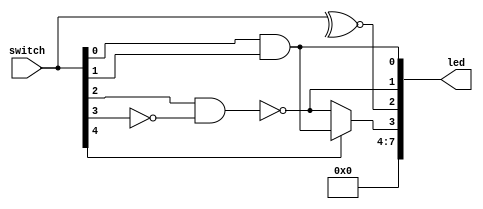
`timescale 1ns / 1ps  //sets the timescale (for simulation)
`default_nettype none //overrides default behaviour: errors when a net type is not declired

module main(switch, led);
	// declare inputs and outputs
	input wire [7:0] switch;
	output wire [7:0] led;

	assign led[7:4] = 4'b0000;
	// Question 1
	assign led[0] = switch[0] & switch[1];
	//Question 2
	assign led[1] = ~(switch[2] & ~switch[3]);
	//Question 3
	// 8 bit XNOR gate
	assign led[2] = ~^switch;
	//Question 4
	// Mux
	assign led[3] = switch[4] ? led[0] : led[1];

endmodule

`default_nettype none //reengages default behaviour: needed for other Xilinx modules